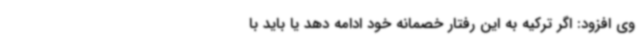
وی افزود: اگر ترکیه به این رفتار خصمانه خود ادامه دهد یا باید با